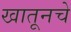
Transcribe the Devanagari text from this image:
खातूनचे